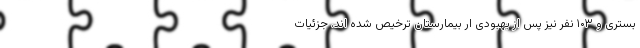
بستری و ۱۰۳ نفر نیز پس از بهبودی ار بیمارستان ترخیص شده اند. جزئیات